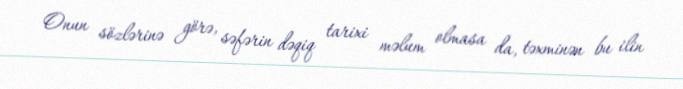
Onun sözlərinə görə, səfərin dəqiq tarixi məlum olmasa da, təxminən bu ilin